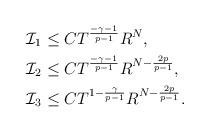
LaTeX: \begin{align*}&\mathcal{I}_1\leq CT^{\frac{-\gamma-1}{p-1}}R^N,\\&\mathcal{I}_2\leq CT^{\frac{-\gamma-1}{p-1}}R^{N-\frac{2p}{p-1}},\\&\mathcal{I}_3\leq CT^{1-\frac{\gamma}{p-1}}R^{N-\frac{2p}{p-1}}.\end{align*}